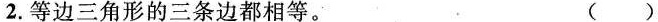
2.等边三角形的三条边都相等。 ()